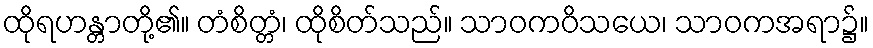
ထိုရဟန္တာတို့၏။ တံစိတ္တံ၊ ထိုစိတ်သည်။ သာဝကဝိသယေ၊ သာဝကအရာ၌။